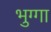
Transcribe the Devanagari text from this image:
भुग्गा